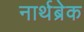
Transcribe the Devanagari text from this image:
नार्थब्रेक